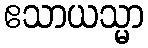
ဧသာယသ္မာ